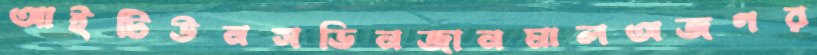
আইটিউনসভিনজানমালঅজগর